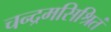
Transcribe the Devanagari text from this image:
चन्द्रमसिश्रितं